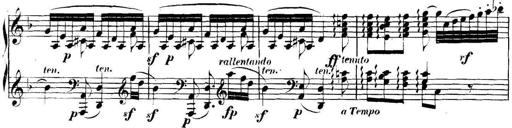
Title: Collected Piano Sonatas
Composer: Muzio Clementi